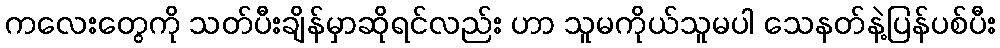
ကလေးတွေကို သတ်ပီးချိန်မှာဆိုရင်လည်း ဟာ သူမကိုယ်သူမပါ သေနတ်နဲ့ပြန်ပစ်ပီး